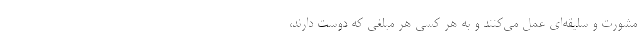
مشورت و سلیقه‌ای عمل می‌کنند و به هر کسی هر مبلغی که دوست دارند،